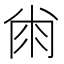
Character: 𰏘